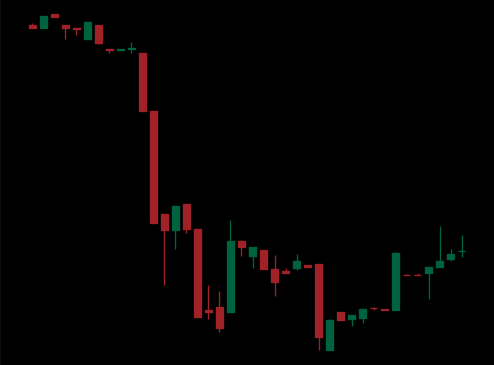
Pattern: bull_flag